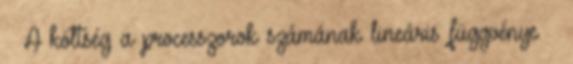
– A költség a processzorok számának lineáris függvénye ●